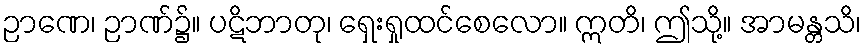
ဉာဏေ၊ ဉာဏ်၌။ ပဋိဘာတု၊ ရှေးရှုထင်စေလော။ ဣတိ၊ ဤသို့။ အာမန္တသိ၊